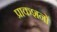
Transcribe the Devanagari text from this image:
प्राकशनों